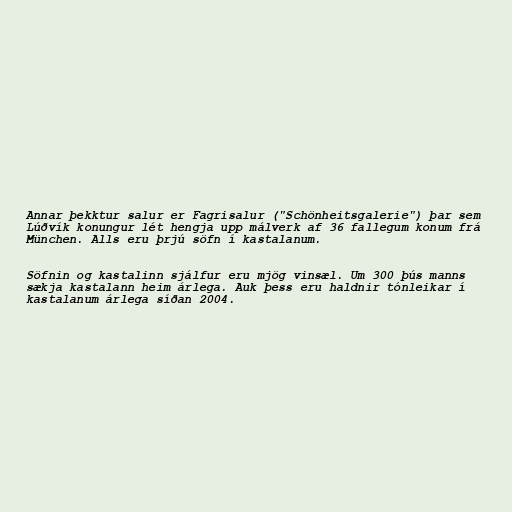
Annar þekktur salur er Fagrisalur ("Schönheitsgalerie") þar sem
Lúðvík konungur lét hengja upp málverk af 36 fallegum konum frá
München. Alls eru þrjú söfn í kastalanum.

Söfnin og kastalinn sjálfur eru mjög vinsæl. Um 300 þús manns
sækja kastalann heim árlega. Auk þess eru haldnir tónleikar í
kastalanum árlega síðan 2004.